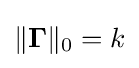
{\textstyle \|\mathbf {\Gamma } \|_{0}=k}